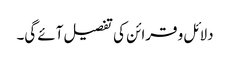
دلائل و قرائن کی تفصیل آئے گی۔